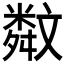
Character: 𣁣